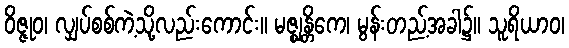
ဝိဇ္ဇုဝ၊ လျှပ်စစ်ကဲ့သို့လည်းကောင်း။ မဇ္ဈန္တိကေ၊ မွန်းတည့်အခါ၌။ သူရိယာဝ၊